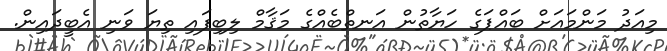
މިއަދު މަންމައަށް ބައްޕަގެ ހަޔާތުން އަނތްބެއްގެ މަޤާމް ލިބިފައި ތިޔަ ވަނި އެބީދައިން.